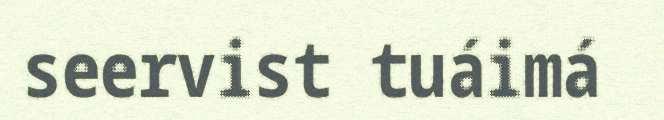
seervist tuáimá